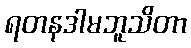
ရတနဒါမဘူသိတာ